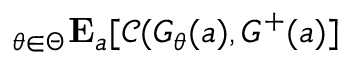
_ { \theta \in \Theta } \mathbf { E } _ { a } [ \mathcal { C } ( G _ { \theta } ( a ) , G ^ { + } ( a ) ]